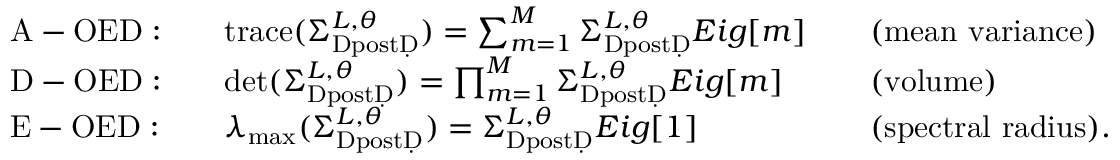
\begin{array} { r l r l r l } & { \mathrm { A - O E D : } } & & { \mathrm { t r a c e } ( \Sigma _ { \mathrm { Ḋ p o s t Ḍ } } ^ { L , \theta } ) = \sum _ { m = 1 } ^ { M } \Sigma _ { \mathrm { Ḋ p o s t Ḍ } } ^ { L , \theta } E i g [ m ] } & & { \mathrm { ( m e a n ~ v a r i a n c e ) } } \\ & { \mathrm { D - O E D : } } & & { \operatorname* { d e t } ( \Sigma _ { \mathrm { Ḋ p o s t Ḍ } } ^ { L , \theta } ) = \prod _ { m = 1 } ^ { M } \Sigma _ { \mathrm { Ḋ p o s t Ḍ } } ^ { L , \theta } E i g [ m ] } & & { \mathrm { ( v o l u m e ) } } \\ & { \mathrm { E - O E D : } } & & { \lambda _ { \operatorname* { m a x } } ( \Sigma _ { \mathrm { Ḋ p o s t Ḍ } } ^ { L , \theta } ) = \Sigma _ { \mathrm { Ḋ p o s t Ḍ } } ^ { L , \theta } E i g [ 1 ] } & & { \mathrm { ( s p e c t r a l ~ r a d i u s ) . } } \end{array}